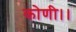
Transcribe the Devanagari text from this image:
कोणी।।